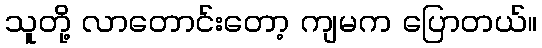
သူတို့ လာတောင်းတော့ ကျမက ပြောတယ်။